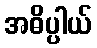
အဓိပ္ပါယ်